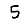
Digit: 5